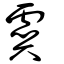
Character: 虡